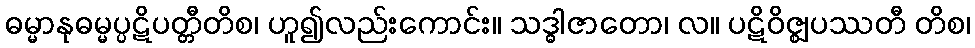
ဓမ္မာနုဓမ္မပ္ပဋိပတ္တီတိစ၊ ဟူ၍လည်းကောင်း။ သဒ္ဓါဇာတော၊ လ။ ပဋိဝိဇ္ဈပဿတီ တိစ၊